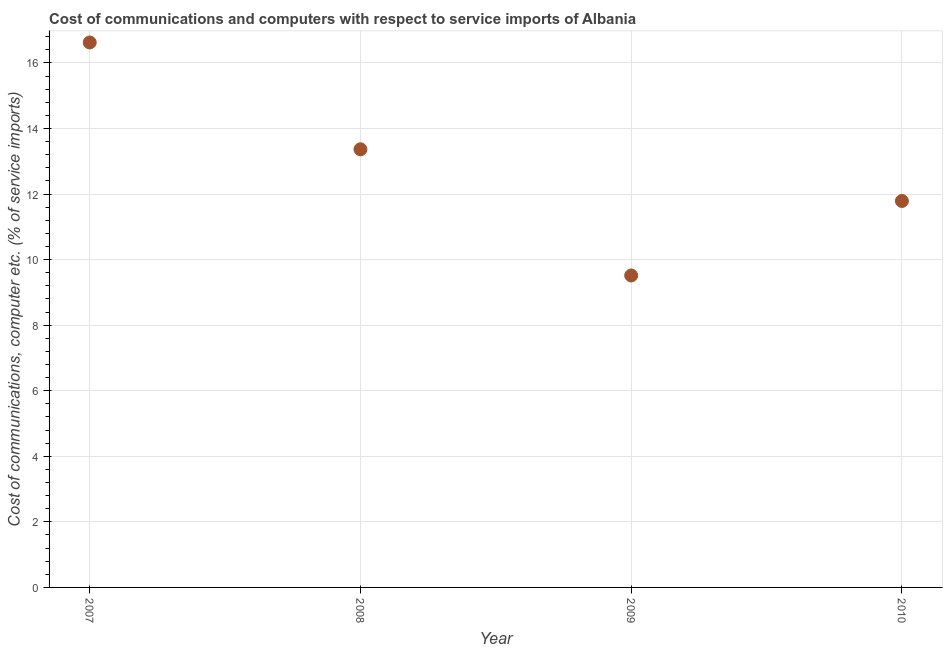
| Year | Communications |
 | --- | --- |
 | 2007 | 16.6 |
 | 2008 | 13.4 |
 | 2009 | 9.52 |
 | 2010 | 11.8 |